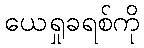
ယေရှုခရစ်ကို